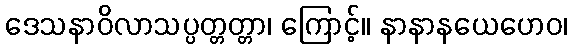
ဒေသနာဝိလာသပ္ပတ္တတ္တာ၊ ကြောင့်။ နာနာနယေဟေဝ၊